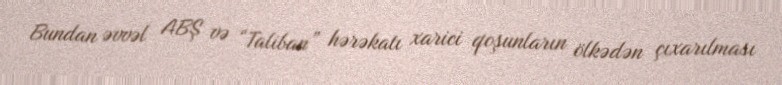
Bundan əvvəl ABŞ və “Taliban” hərəkatı xarici qoşunların ölkədən çıxarılması